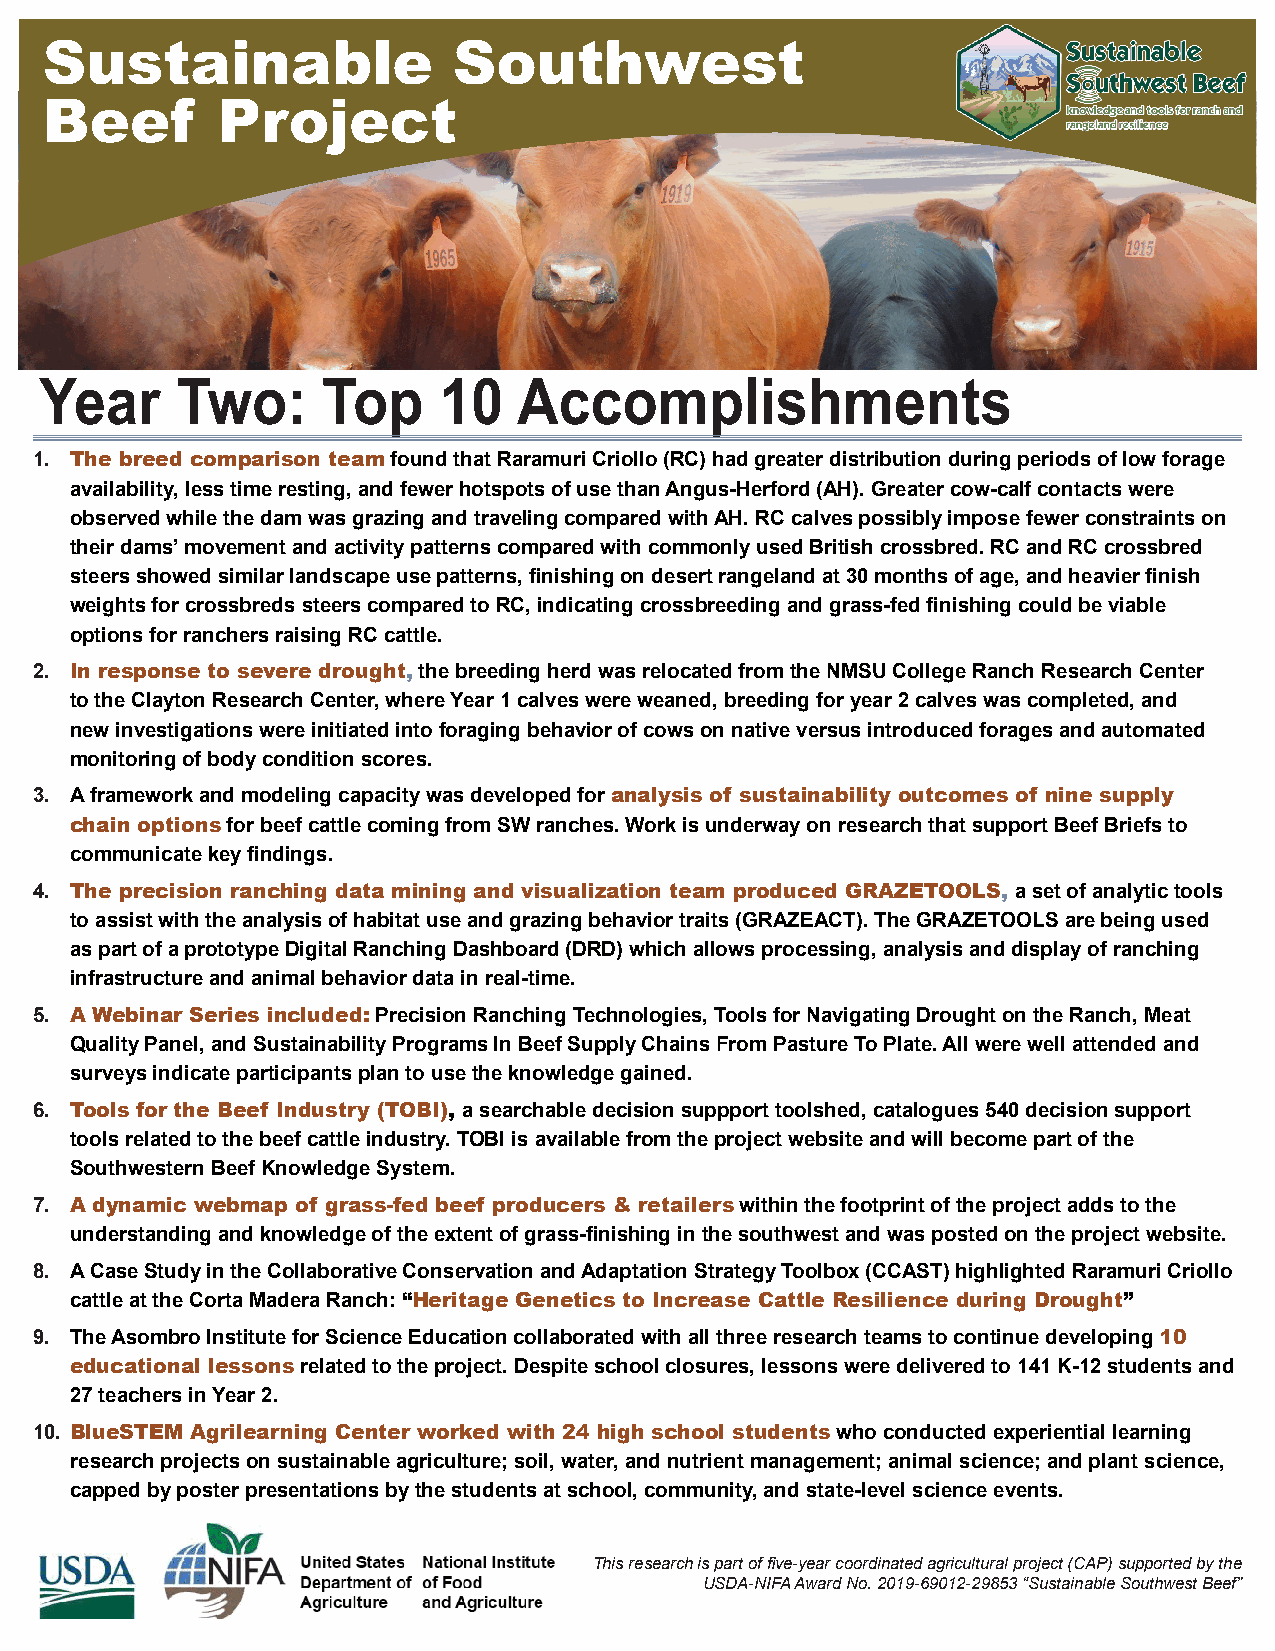
Sustainable                Southwest
 Beef       Project
 Year     Two:     Top     10   Accomplishments
 1. The breed comparison team found that Raramuri Criollo (RC) had greater distribution during periods of low forage
 availability, less time resting, and fewer hotspots of use than Angus-Herford (AH). Greater cow-calf contacts were
 observed while the dam was grazing and traveling compared with AH. RC calves possibly impose fewer constraints on
 their dams’ movement and activity patterns compared with commonly used British crossbred. RC and RC crossbred
 steers showed similar landscape use patterns, finishing on desert rangeland at 30 months of age, and heavier finish
 weights for crossbreds steers compared to RC, indicating crossbreeding and grass-fed finishing could be viable
 options for ranchers raising RC cattle.
 2. In response to severe drought, the breeding herd was relocated from the NMSU College Ranch Research Center
 to the Clayton Research Center, where Year 1 calves were weaned, breeding for year 2 calves was completed, and
 new investigations were initiated into foraging behavior of cows on native versus introduced forages and automated
 monitoring of body condition scores.
 3. A framework and modeling capacity was developed for analysis of sustainability outcomes of nine supply
 chain options for beef cattle coming from SW ranches. Work is underway on research that support Beef Briefs to
 communicate key findings.
 4. The precision ranching data mining and visualization team produced GRAZETOOLS, a set of analytic tools
 to assist with the analysis of habitat use and grazing behavior traits (GRAZEACT). The GRAZETOOLS are being used
 as part of a prototype Digital Ranching Dashboard (DRD) which allows processing, analysis and display of ranching
 infrastructure and animal behavior data in real-time.
 5. A Webinar Series included: Precision Ranching Technologies, Tools for Navigating Drought on the Ranch, Meat
 Quality Panel, and Sustainability Programs In Beef Supply Chains From Pasture To Plate. All were well attended and
 surveys indicate participants plan to use the knowledge gained.
 6. Tools for the Beef Industry (TOBI), a searchable decision suppport toolshed, catalogues 540 decision support
 tools related to the beef cattle industry. TOBI is available from the project website and will become part of the
 Southwestern Beef Knowledge System.
 7. A dynamic webmap of grass-fed beef producers & retailers within the footprint of the project adds to the
 understanding and knowledge of the extent of grass-finishing in the southwest and was posted on the project website.
 8. A Case Study in the Collaborative Conservation and Adaptation Strategy Toolbox (CCAST) highlighted Raramuri Criollo
 cattle at the Corta Madera Ranch: “Heritage Genetics to Increase Cattle Resilience during Drought”
 9. The Asombro Institute for Science Education collaborated with all three research teams to continue developing 10
 educational lessons related to the project. Despite school closures, lessons were delivered to 141 K-12 students and
 27 teachers in Year 2.
 10. BlueSTEM Agrilearning Center worked with 24 high school students who conducted experiential learning
 research projects on sustainable agriculture; soil, water, and nutrient management; animal science; and plant science,
 capped by poster presentations by the students at school, community, and state-level science events.
 This research is part of five-year coordinated agricultural project (CAP) supported by the
 USDA-NIFA Award No. 2019-69012-29853 “Sustainable Southwest Beef”